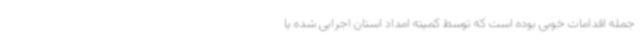
جمله اقدامات خوبی بوده است که توسط کمیته امداد استان اجرایی شده یا